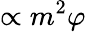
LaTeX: \propto m^{2}\varphi